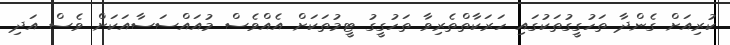
ކުރިއަށް ގެންދާ ތަހުގީގުތަކުގައި ހަރަކާތްތެރިވާ ތަހުގީގު ޓީމުތަކަށް އެއްވެސް މުއައްސަސާއަކަށް ވެސް އަދި